65_HS1-834228961_62-HQ-83894_Section_9
Agency: FBI
Page 20
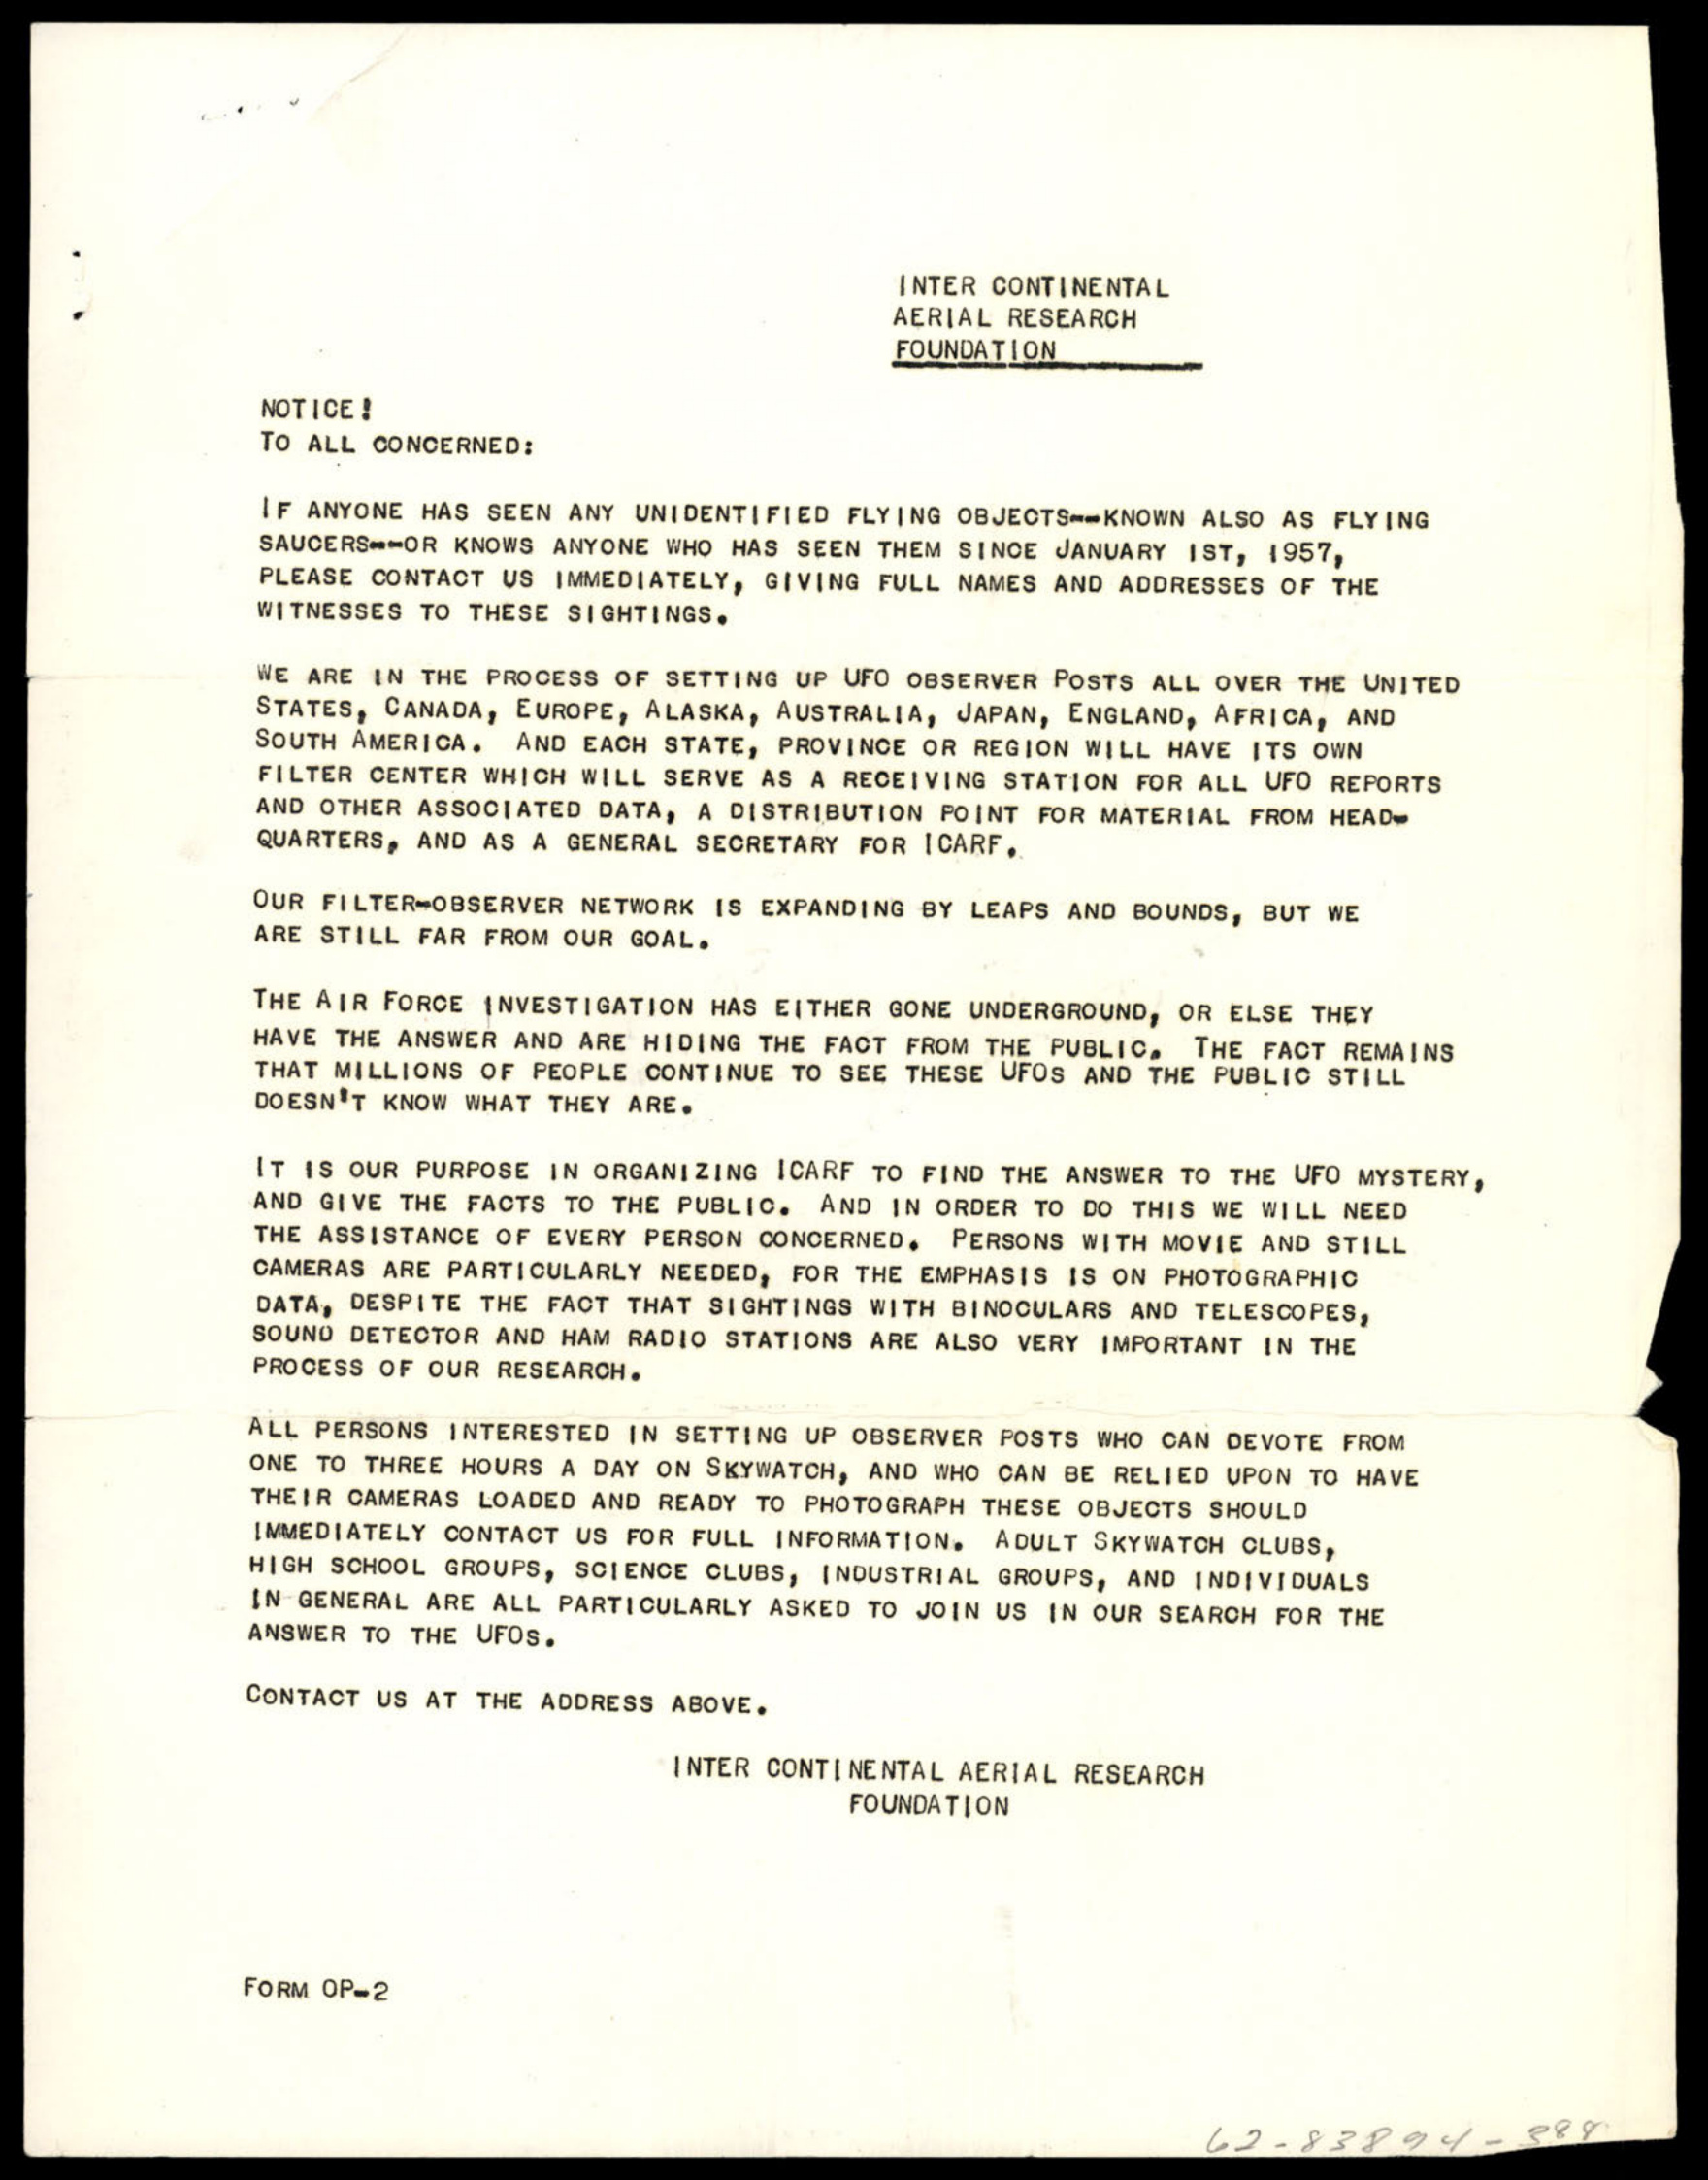